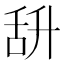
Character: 𦧌